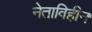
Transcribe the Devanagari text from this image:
नेताविहीन